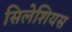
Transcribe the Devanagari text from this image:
सिलेशियस